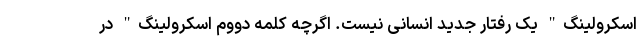
اسکرولینگ" یک رفتار جدید انسانی نیست. اگرچه کلمه دووم اسکرولینگ" در